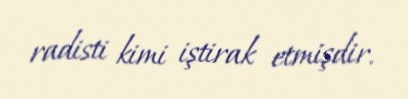
radisti kimi iştirak etmişdir.